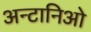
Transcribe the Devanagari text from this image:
अन्टानिओ